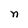
Character: n